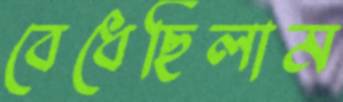
বেধেছিলাম